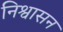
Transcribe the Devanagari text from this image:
निश्वासन